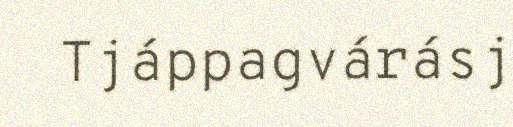
Tjáppagvárásj